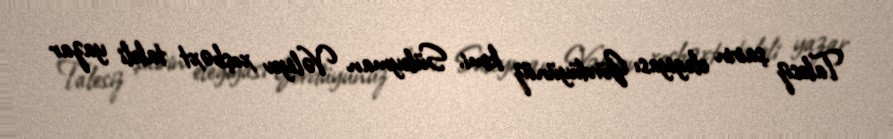
Talesiz şairin elegiyası Gördüyünüz kimi, Süleyman Vəliyev xoşbəxt taleli yazar